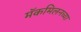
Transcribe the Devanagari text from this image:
मॅकमिलनच्या